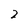
Character: 2